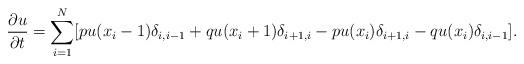
LaTeX: \begin{align*} \frac{\partial u}{\partial t} = \sum_{i=1}^N [p u(x_i - 1) \delta_{i, i-1} + q u(x_i + 1)\delta_{i+1, i} - p u(x_i) \delta_{i+1,i } - q u(x_i) \delta_{i, i-1}].\end{align*}